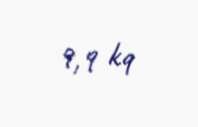
9,9 kq